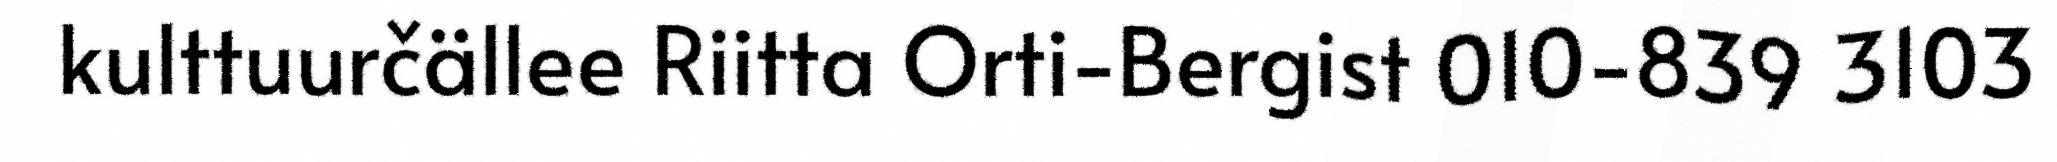
kulttuurčällee Riitta Orti-Bergist 010-839 3103